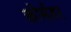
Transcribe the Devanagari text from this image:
कोर्सवर